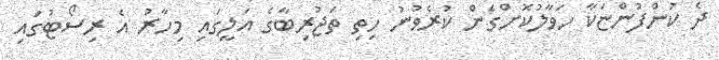
ދެ ކުންފުންޏަކާ ހަވާލުކޮށްގެން ކުރެވުނު ހިތި ތަޖުރިބާގެ އަލީގައި މިހާރު އެ ރިސޯޓުގައި